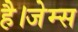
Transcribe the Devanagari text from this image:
है।जेम्स